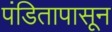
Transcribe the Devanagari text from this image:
पंडितापासून